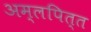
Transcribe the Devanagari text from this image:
अम्‍लपित्‍त